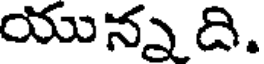
యున్న ది.